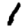
Digit: 1